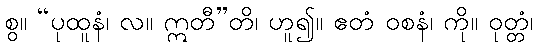
စွ။ “ပုထူနံ၊ လ။ ဣတီ”တိ၊ ဟူ၍။ ဧတံ ဝစနံ၊ ကို။ ဝုတ္တံ၊